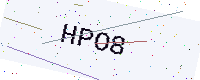
Text: HPO8